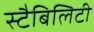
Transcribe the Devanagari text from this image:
स्टैबिलिटी